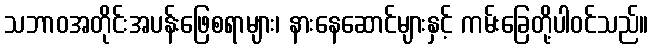
သဘာဝအတိုင်းအပန်းဖြေစရာများ၊ နားနေဆောင်များနှင့် ကမ်းခြေတို့ပါဝင်သည်။